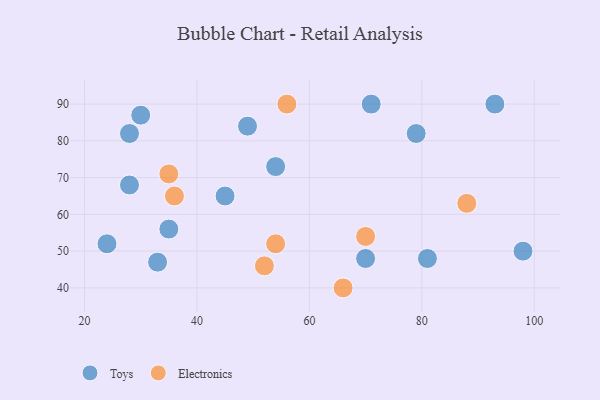
{"axis": {"x": "GDP", "y": "Life Expectancy"}, "legend": ["Electronics", "Toys"], "data": [{"x": "28", "y": 82, "type": "Toys"}, {"x": "81", "y": 48, "type": "Toys"}, {"x": "98", "y": 50, "type": "Toys"}, {"x": "28", "y": 68, "type": "Toys"}, {"x": "79", "y": 82, "type": "Toys"}, {"x": "70", "y": 48, "type": "Toys"}, {"x": "24", "y": 52, "type": "Toys"}, {"x": "71", "y": 90, "type": "Toys"}, {"x": "54", "y": 73, "type": "Toys"}, {"x": "30", "y": 87, "type": "Toys"}, {"x": "45", "y": 65, "type": "Toys"}, {"x": "33", "y": 47, "type": "Toys"}, {"x": "93", "y": 90, "type": "Toys"}, {"x": "49", "y": 84, "type": "Toys"}, {"x": "35", "y": 56, "type": "Toys"}, {"x": "52", "y": 46, "type": "Electronics"}, {"x": "88", "y": 63, "type": "Electronics"}, {"x": "35", "y": 71, "type": "Electronics"}, {"x": "36", "y": 65, "type": "Electronics"}, {"x": "56", "y": 90, "type": "Electronics"}, {"x": "54", "y": 52, "type": "Electronics"}, {"x": "70", "y": 54, "type": "Electronics"}, {"x": "66", "y": 40, "type": "Electronics"}]}